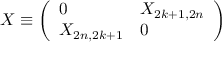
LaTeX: X \equiv \left( \begin{array} { l l } { { 0 } } & { { X _ { 2 k + 1 , 2 n } } } \\ { { X _ { 2 n , 2 k + 1 } } } & { { 0 } } \end{array} \right) \,